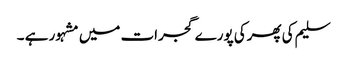
سلیم کی پھرکی پورے گجرات میں مشہور ہے ۔